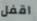
اقفل